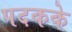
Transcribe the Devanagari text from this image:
पदकके